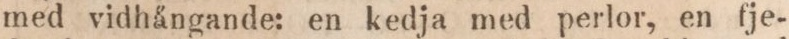
med vidhångande: en kedja med perlor, en fje-